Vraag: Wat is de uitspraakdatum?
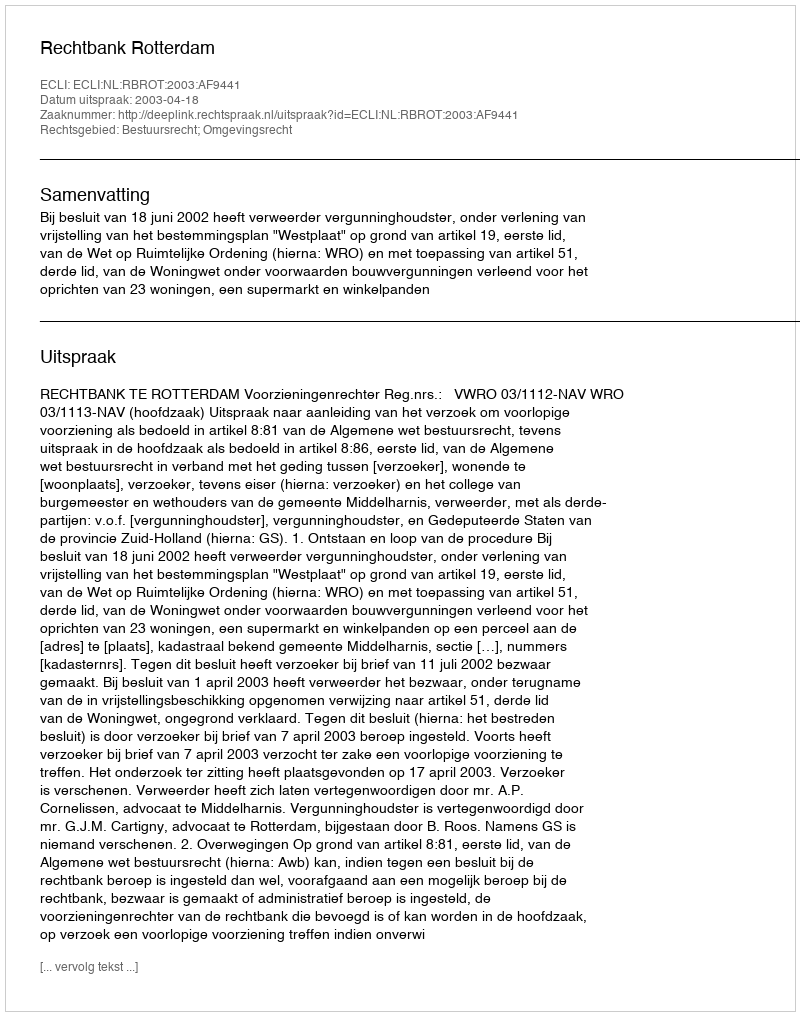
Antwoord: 2003-04-18